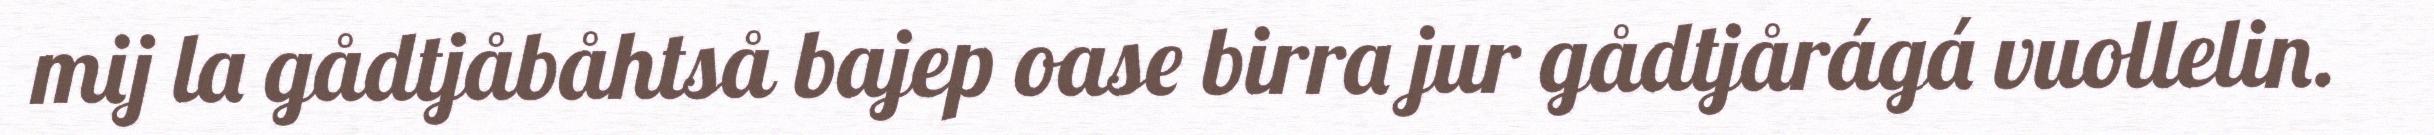
mij la gådtjåbåhtså bajep oase birra jur gådtjårágá vuollelin.